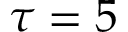
\tau = 5